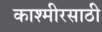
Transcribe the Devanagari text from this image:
काश्मीरसाठी